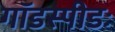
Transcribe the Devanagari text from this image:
गॉडस्पीडः